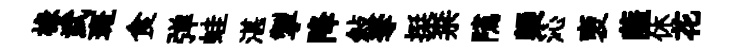
椽武斑食弹蛙湛掣降敍奪挺柰隲槩沁褏薩休花